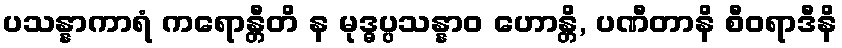
ပသန္နာကာရံ ကရောန္တီတိ န မုဒ္ဓပ္ပသန္နာဝ ဟောန္တိ, ပဏီတာနိ စီဝရာဒီနိ